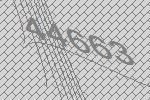
44663